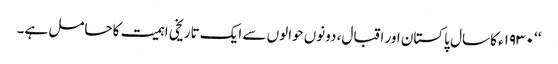
‘‘ ١٩٣٠ء کا سال پاکستان اور اقبال، دونوں حوالوں سے ایک تاریخی اہمیت کا حامل ہے۔